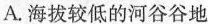
A.海拔较低的河谷谷地